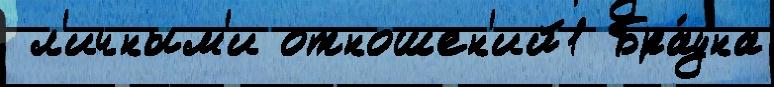
 л'ичным'и отношен'ий1 Бра́уна